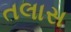
તલાસ